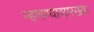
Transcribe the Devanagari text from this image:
म्हणण्यासारख्या